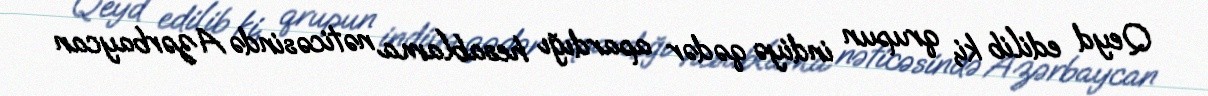
Qeyd edilib ki, qrupun indiyə qədər apardığı hesablama nəticəsində Azərbaycan